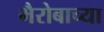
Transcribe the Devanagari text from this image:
भैरोबाच्या